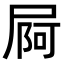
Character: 屙